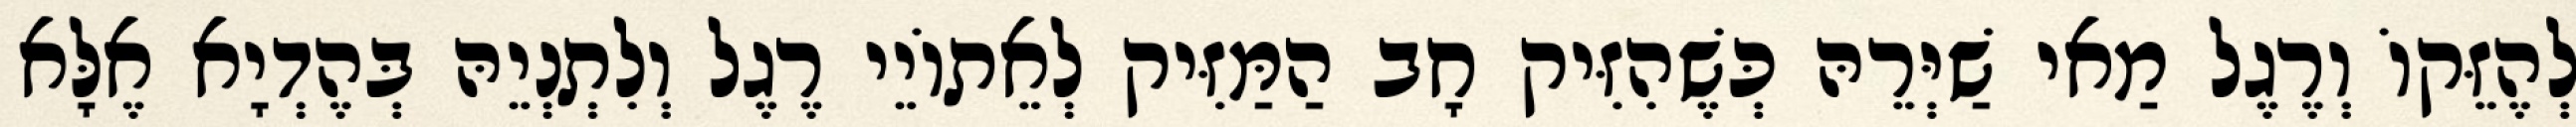
לְהֶזֵּקוֹ וְרֶגֶל מַאי שַׁיְּרֵהּ כְּשֶׁהִזִּיק חָב הַמַּזִּיק לְאֵתוֹיֵי רֶגֶל וְלִתְנְיֵהּ בְּהֶדְיָא אֶלָּא